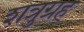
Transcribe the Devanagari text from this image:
शत्रुग्रह